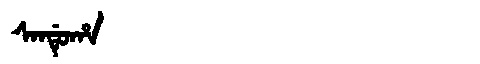
Manchu: ᠰᠠᠨᡩᡠᡥᠠ
Romanization: SANDUHA